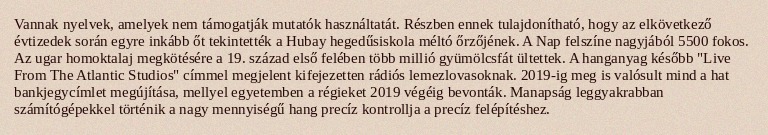
Vannak nyelvek, amelyek nem támogatják mutatók használtatát. Részben ennek tulajdonítható, hogy az elkövetkező évtizedek során egyre inkább őt tekintették a Hubay hegedűsiskola méltó őrzőjének. A Nap felszíne nagyjából 5500 fokos. Az ugar homoktalaj megkötésére a 19. század első felében több millió gyümölcsfát ültettek. A hanganyag később "Live From The Atlantic Studios" címmel megjelent kifejezetten rádiós lemezlovasoknak. 2019-ig meg is valósult mind a hat bankjegycímlet megújítása, mellyel egyetemben a régieket 2019 végéig bevonták. Manapság leggyakrabban számítógépekkel történik a nagy mennyiségű hang precíz kontrollja a precíz felépítéshez.